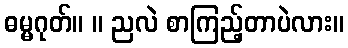
ဓမ္မဂုတ်။ ။ ညလဲ စာကြည့်တာပဲလား။